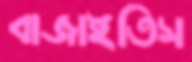
বাজাইতিস